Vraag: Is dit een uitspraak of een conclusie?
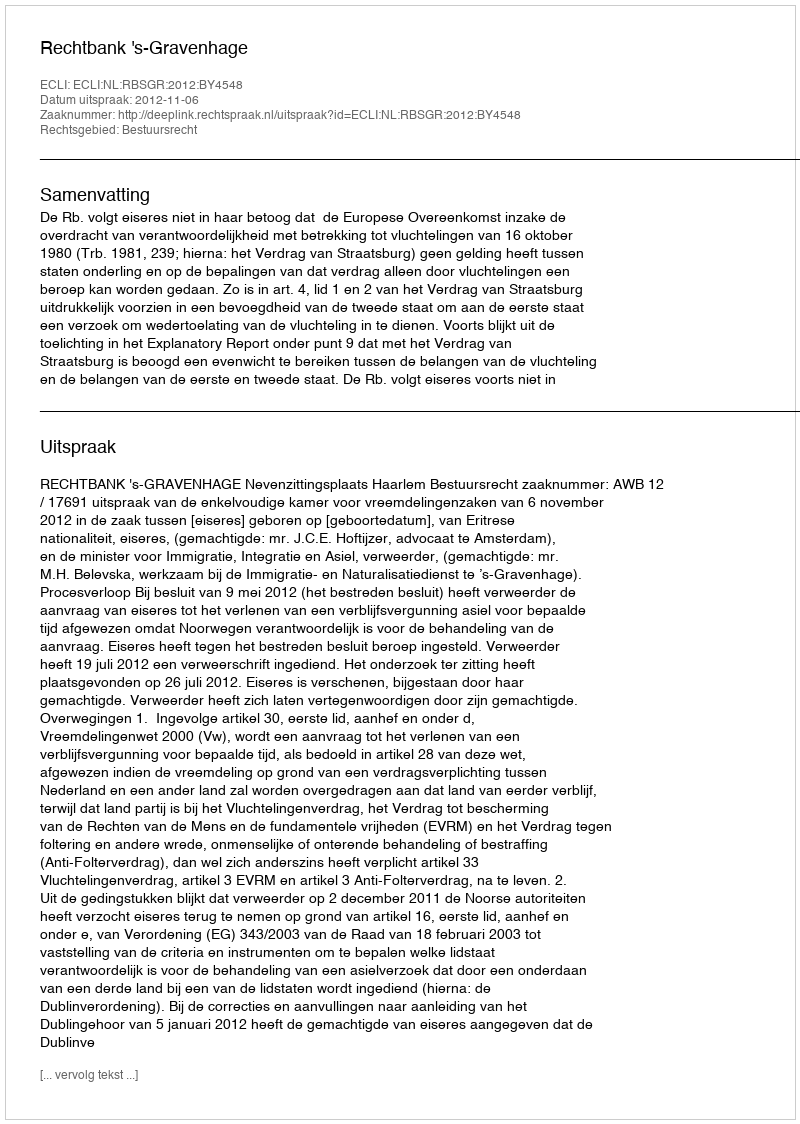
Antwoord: Uitspraak